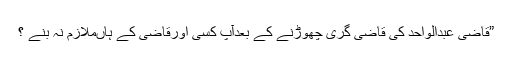
”قاضی عبدالواحد کی قاضی گری چھوڑنے کے بعدآپ کسی اورقاضی کے ہاںملازم نہ بنے ؟